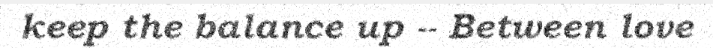
keep the balance up -- Between love